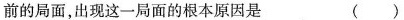
前的局面，出现这一局面的根本原因是 ( )